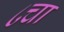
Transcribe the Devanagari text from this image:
८चा